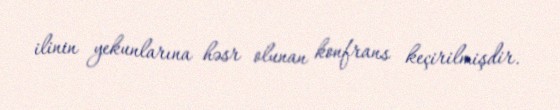
ilinin yekunlarına həsr olunan konfrans keçirilmişdir.